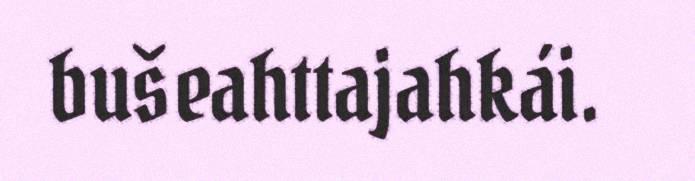
bušeahttajahkái.